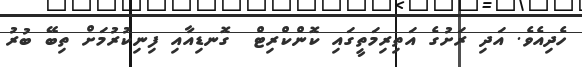
ހެދިއެވެ. އަދި ރަށުގެ އަތިރިމަތީގައި ކޮންކްރިޓް  ގޮނޑިއާއި ފިނިކުރުމަށް ތިބޭ ބުރު